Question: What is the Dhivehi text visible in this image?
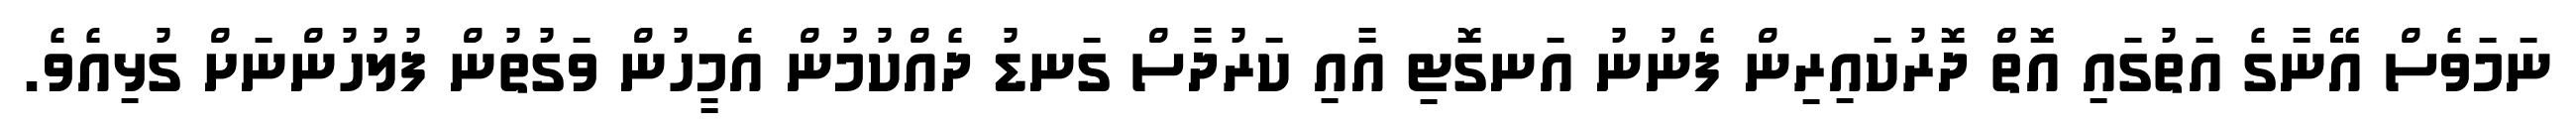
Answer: ނަމަވެސް އޭނާގެ އަތުގައި އޮތް ދޮރުކައިރިން ފެނުނު އަނގޮޓި އާއި ކަރުދާސް ގަނޑު ދެއްކުމުން އެމީހުން ވަގުތުން ފުލުހުންނަށް ގުޅިއެވެ.